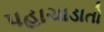
પહાચાડાતો